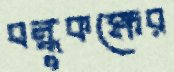
বন্ধুকক্ষের